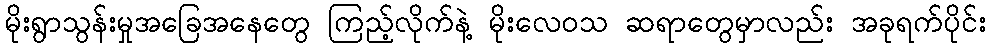
မိုးရွာသွန်းမှုအခြေအနေတွေ ကြည့်လိုက်နဲ့ မိုးလေဝသ ဆရာတွေမှာလည်း အခုရက်ပိုင်း